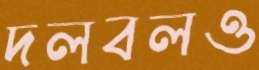
দলবলও